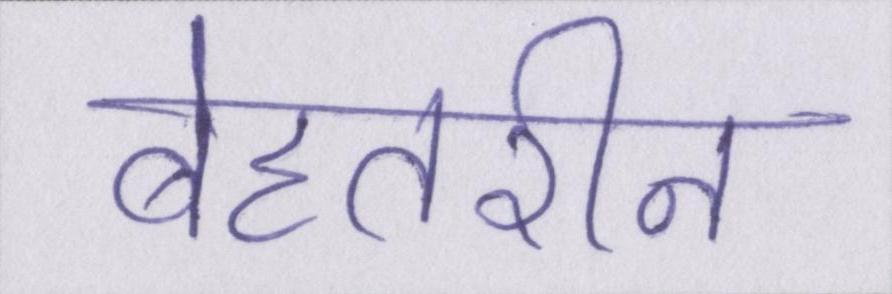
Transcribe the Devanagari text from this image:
बेहतरीन